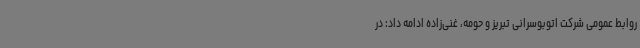
روابط عمومی شرکت اتوبوسرانی تبریز و حومه‌، غنی‌زاده ادامه داد: در